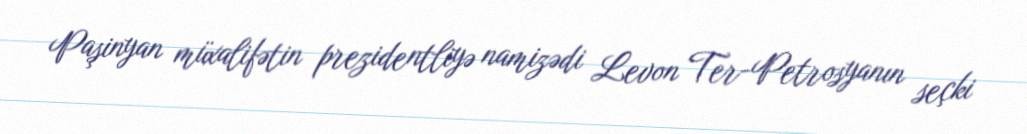
Paşinyan müxalifətin prezidentliyə namizədi Levon Ter-Petrosyanın seçki